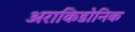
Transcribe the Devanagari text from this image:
अराकिडोनिक